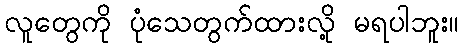
လူတွေကို ပုံသေတွက်ထားလို့ မရပါဘူး။